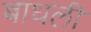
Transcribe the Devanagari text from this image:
बाधली